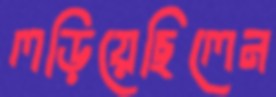
লড়িয়েছিলেন